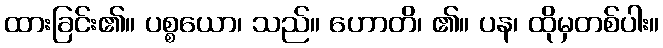
ထားခြင်း၏။ ပစ္စယော၊ သည်။ ဟောတိ၊ ၏။ ပန၊ ထိုမှတစ်ပါး။